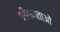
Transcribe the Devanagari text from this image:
भीषणताओं